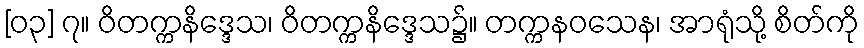
[၀၃] ၇။ ဝိတက္ကနိဒ္ဒေသ၊ ဝိတက္ကနိဒ္ဒေသ၌။ တက္ကနဝသေန၊ အာရုံသို့ စိတ်ကို